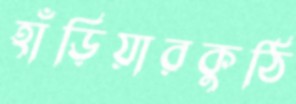
হাঁড়িয়ারকুঠি